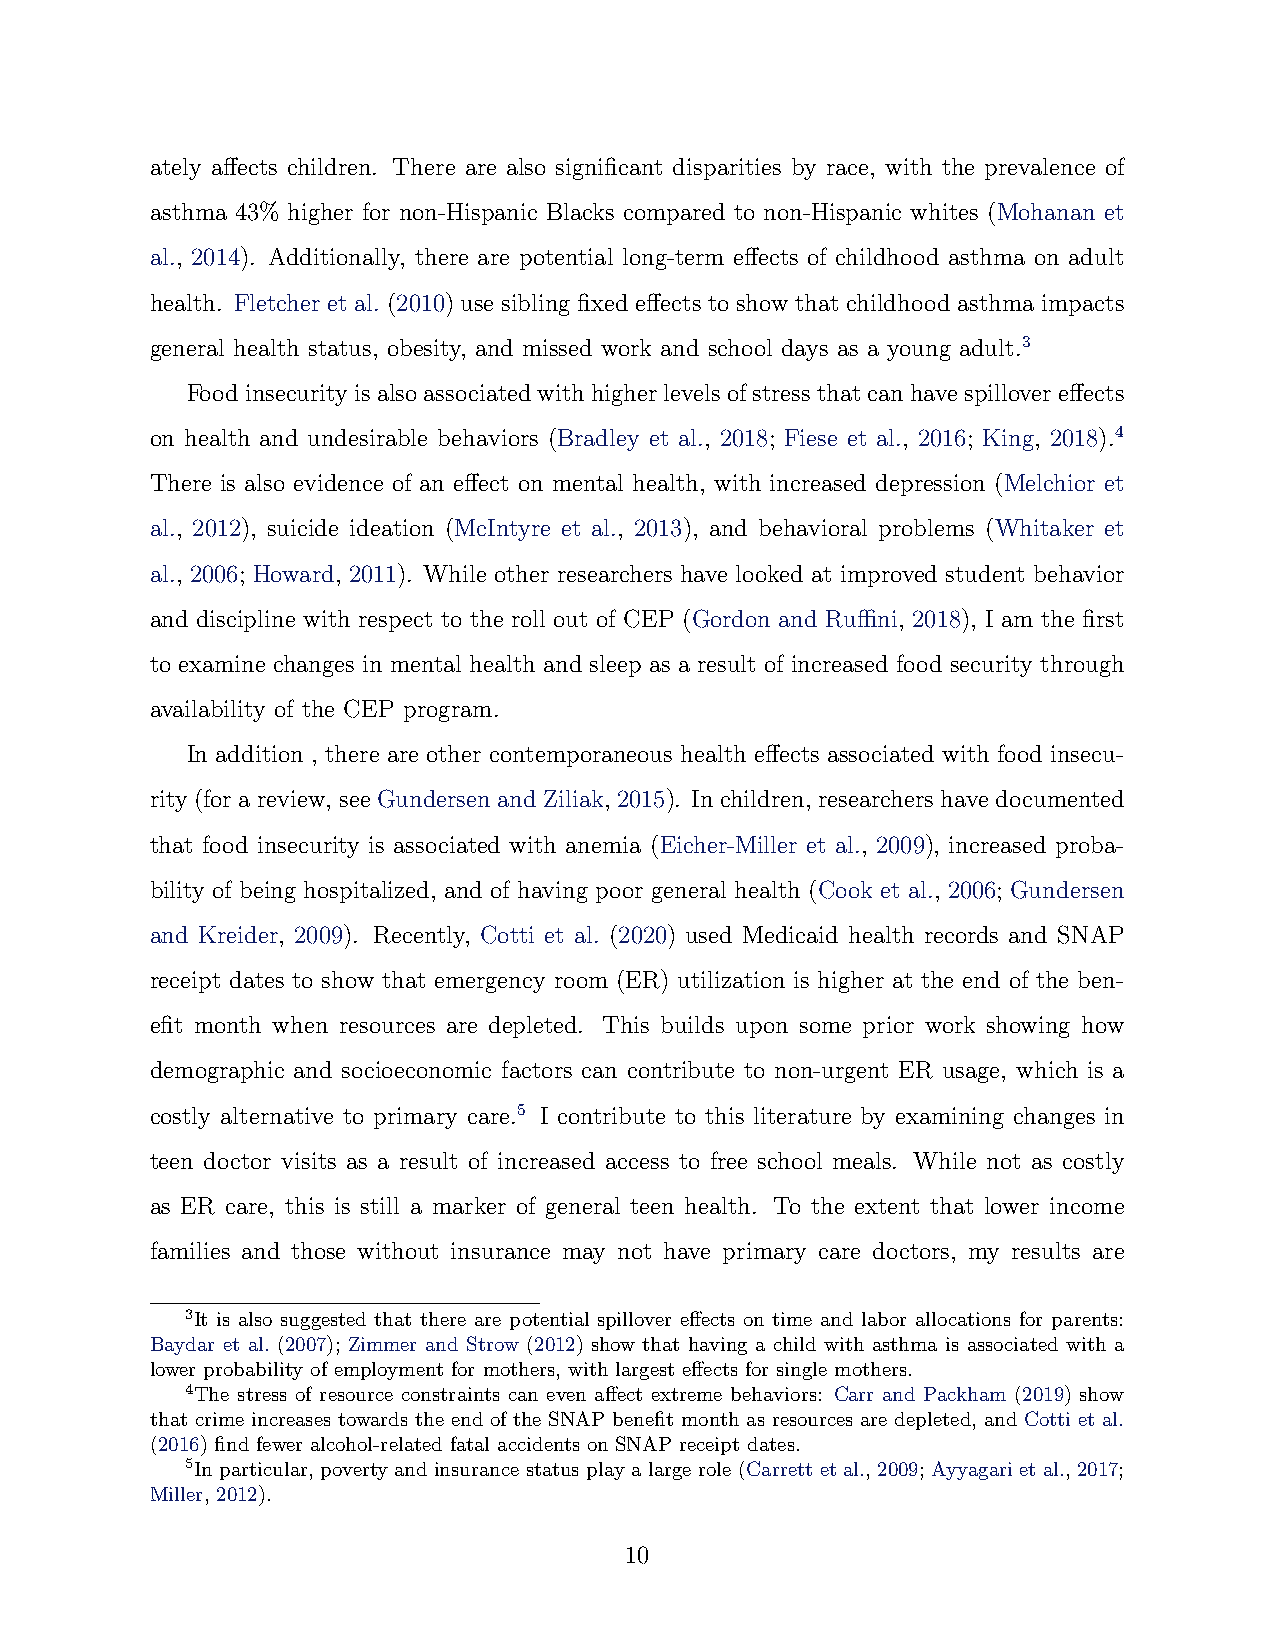
ately affects children. There are also significant disparities by race, with the prevalence of
 asthma 43% higher for non-Hispanic Blacks compared to non-Hispanic whites (Mohanan et
 al., 2014). Additionally, there are potential long-term effects of childhood asthma on adult
 health. Fletcher et al. (2010) use sibling fixed effects to show that childhood asthma impacts
 general health status, obesity, and missed work and school days as a young adult.3
 Foodinsecurityisalsoassociatedwithhigherlevelsofstressthatcanhavespillovereffects
 on health and undesirable behaviors (Bradley et al., 2018; Fiese et al., 2016; King, 2018).4
 There is also evidence of an effect on mental health, with increased depression (Melchior et
 al., 2012), suicide ideation (McIntyre et al., 2013), and behavioral problems (Whitaker et
 al., 2006; Howard, 2011). While other researchers have looked at improved student behavior
 and discipline with respect to the roll out of CEP (Gordon and Ruffini, 2018), I am the first
 to examine changes in mental health and sleep as a result of increased food security through
 availability of the CEP program.
 In addition , there are other contemporaneous health effects associated with food insecu-
 rity (for a review, see Gundersen and Ziliak, 2015). In children, researchers have documented
 that food insecurity is associated with anemia (Eicher-Miller et al., 2009), increased proba-
 bility of being hospitalized, and of having poor general health (Cook et al., 2006; Gundersen
 and Kreider, 2009). Recently, Cotti et al. (2020) used Medicaid health records and SNAP
 receipt dates to show that emergency room (ER) utilization is higher at the end of the ben-
 efit month when resources are depleted. This builds upon some prior work showing how
 demographic and socioeconomic factors can contribute to non-urgent ER usage, which is a
 costly alternative to primary care.5 I contribute to this literature by examining changes in
 teen doctor visits as a result of increased access to free school meals. While not as costly
 as ER care, this is still a marker of general teen health. To the extent that lower income
 families and those without insurance may not have primary care doctors, my results are
 3It is also suggested that there are potential spillover effects on time and labor allocations for parents:
 Baydar et al. (2007); Zimmer and Strow (2012) show that having a child with asthma is associated with a
 lower probability of employment for mothers, with largest effects for single mothers.
 4The stress of resource constraints can even affect extreme behaviors: Carr and Packham (2019) show
 that crime increases towards the end of the SNAP benefit month as resources are depleted, and Cotti et al.
 (2016) find fewer alcohol-related fatal accidents on SNAP receipt dates.
 5In particular, poverty and insurance status play a large role (Carrett et al., 2009; Ayyagari et al., 2017;
 Miller, 2012).
 10